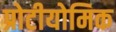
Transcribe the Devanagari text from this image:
प्रोटीयोमिक